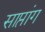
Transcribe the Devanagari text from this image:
साप्तांग